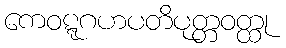
ကေဝဋ္ဋဂဟပတိပုတ္တဝတ္ထု